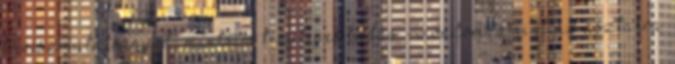
bűvészmutatványod, mintsem tényleges tudás - mondom, amint az asztalra